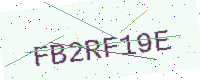
Text: FB2RF19E